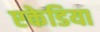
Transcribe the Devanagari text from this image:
एकेडिया